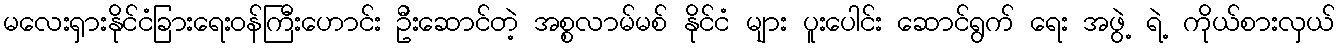
မလေးရှားနိုင်ငံခြားရေးဝန်ကြီးဟောင်း ဦးဆောင်တဲ့ အစ္စလာမ်မစ် နိုင်ငံ များ ပူးပေါင်း ဆောင်ရွက် ရေး အဖွဲ့ ရဲ့ ကိုယ်စားလှယ်